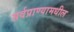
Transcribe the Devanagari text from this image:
सर्वप्राण्यामधील